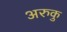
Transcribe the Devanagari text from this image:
अरुकु